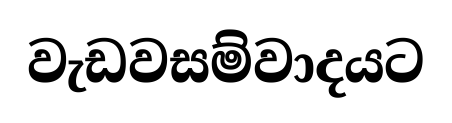
වැඩවසම්වාදයට